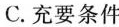
C.充要条件